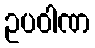
ဥပဝါဏ